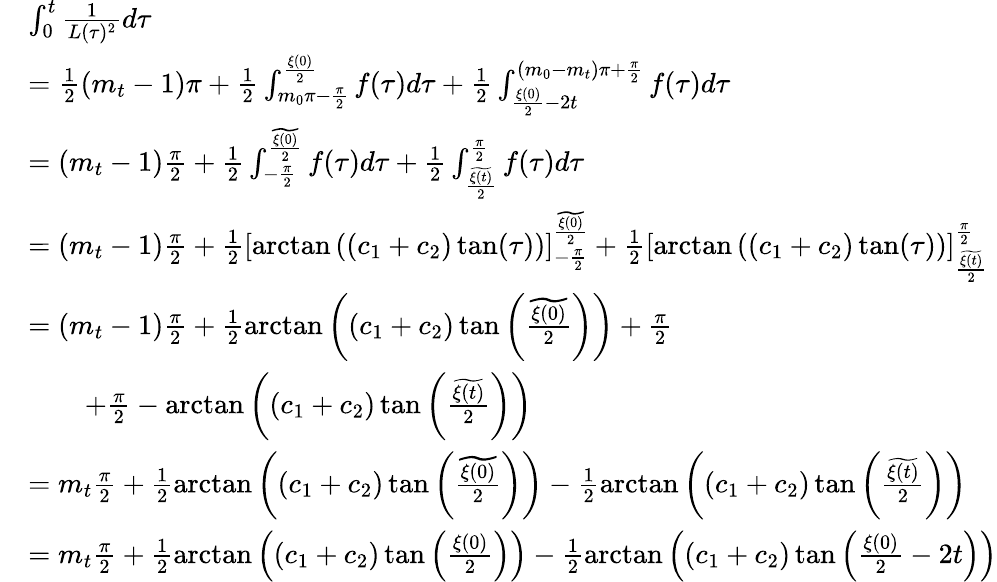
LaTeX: \begin{array}{rl}&{\int_{0}^{t}\frac{1}{L(\tau)^{2}}d\tau}\\ &{=\frac{1}{2}(m_{t}-1)\pi+\frac{1}{2}\int_{m_{0}\pi-\frac{\pi}{2}}^{\frac{\xi(0)}{2}}f(\tau)d\tau+\frac{1}{2}\int_{\frac{\xi(0)}{2}-2t}^{(m_{0}-m_{t})\pi+\frac{\pi}{2}}f(\tau)d\tau}\\ &{=(m_{t}-1)\frac{\pi}{2}+\frac{1}{2}\int_{-\frac{\pi}{2}}^{\frac{\widetilde{\xi(0)}}{2}}f(\tau)d\tau+\frac{1}{2}\int_{\frac{\widetilde{\xi(t)}}{2}}^{\frac{\pi}{2}}f(\tau)d\tau}\\ &{=(m_{t}-1)\frac{\pi}{2}+\frac{1}{2}\left[\arctan\left((c_{1}+c_{2})\tan(\tau)\right)\right]_{-\frac{\pi}{2}}^{\frac{\widetilde{\xi(0)}}{2}}+\frac{1}{2}\left[\arctan\left((c_{1}+c_{2})\tan(\tau)\right)\right]_{\frac{\widetilde{\xi(t)}}{2}}^{\frac{\pi}{2}}}\\ &{=(m_{t}-1)\frac{\pi}{2}+\frac{1}{2}\arctan\left((c_{1}+c_{2})\tan\left(\frac{\widetilde{\xi(0)}}{2}\right)\right)+\frac{\pi}{2}}\\ &{\qquad+\frac{\pi}{2}-\arctan\left((c_{1}+c_{2})\tan\left(\frac{\widetilde{\xi(t)}}{2}\right)\right)}\\ &{=m_{t}\frac{\pi}{2}+\frac{1}{2}\arctan\left((c_{1}+c_{2})\tan\left(\frac{\widetilde{\xi(0)}}{2}\right)\right)-\frac{1}{2}\arctan\left((c_{1}+c_{2})\tan\left(\frac{\widetilde{\xi(t)}}{2}\right)\right)}\\ &{=m_{t}\frac{\pi}{2}+\frac{1}{2}\arctan\left((c_{1}+c_{2})\tan\left(\frac{\xi(0)}{2}\right)\right)-\frac{1}{2}\arctan\left((c_{1}+c_{2})\tan\left(\frac{\xi(0)}{2}-2t\right)\right)}\end{array}